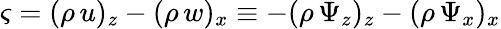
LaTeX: \varsigma=(\rho\, u)_{z}-(\rho\, w)_{x}\equiv-(\rho\, \Psi_{z})_{z}-(\rho\, \Psi_{x})_{x}